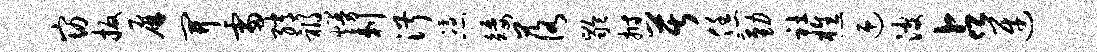
窈扳屏开雷绡祸熳剌淑凭矮落龄拊苦恁勤社樵迎波占迓